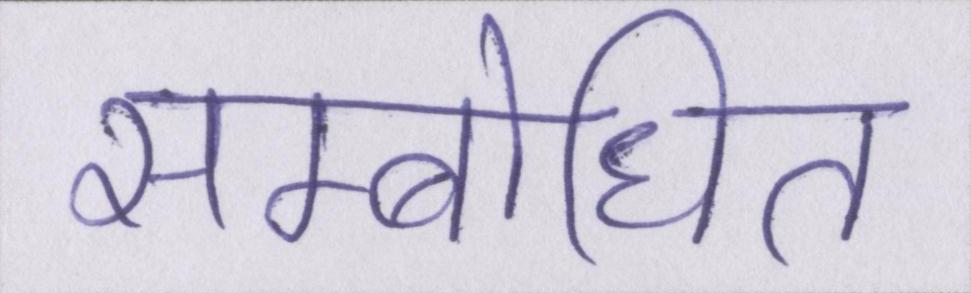
सम्बोधित